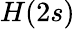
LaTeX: H(2s)